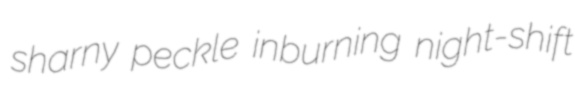
sharny peckle inburning night-shift